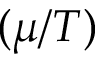
( \mu / T )